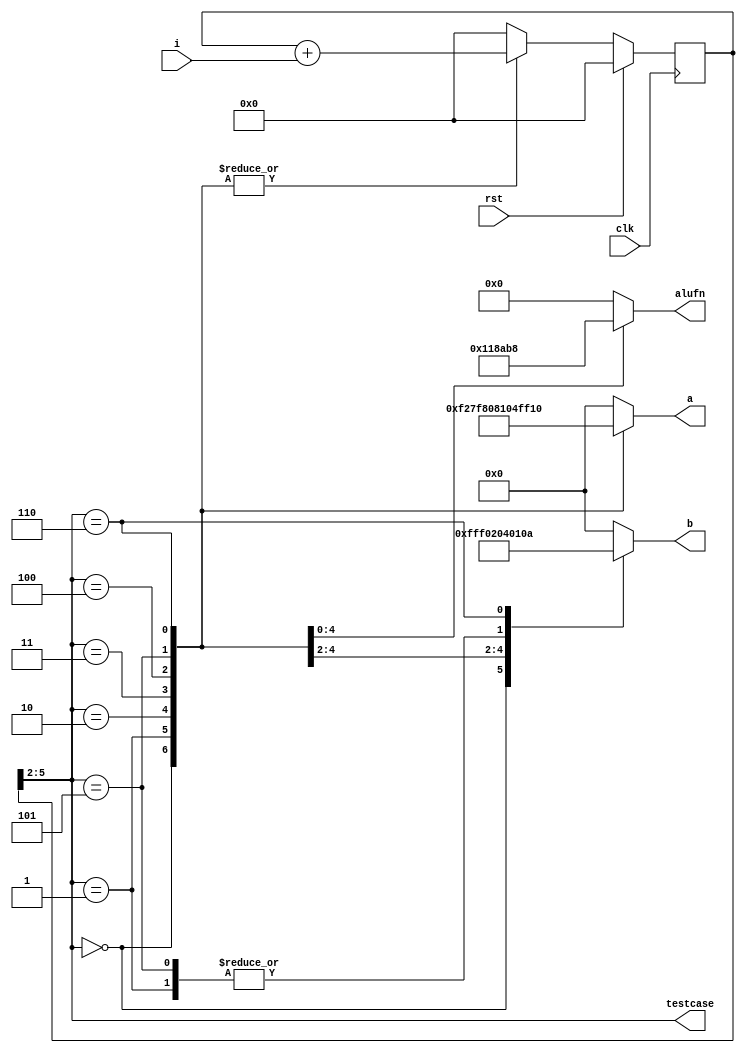
/*
   This file was generated automatically by the Mojo IDE version B1.3.3.
   Do not edit this file directly. Instead edit the original Lucid source.
   This is a temporary file and any changes made to it will be destroyed.
*/

module tester_3 (
    input i,
    input clk,
    input rst,
    output reg [7:0] a,
    output reg [7:0] b,
    output reg [4:0] alufn,
    output reg [3:0] testcase
  );
  
  
  
  reg [5:0] M_accum_d, M_accum_q = 1'h0;
  
  always @* begin
    M_accum_d = M_accum_q;
    
    M_accum_d = M_accum_q + i;
    testcase = M_accum_q[2+3-:4];
    
    case (M_accum_q[2+3-:4])
      1'h0: begin
        a = $signed(5'h12);
        b = 4'hf;
        alufn = 5'h00;
      end
      1'h1: begin
        a = 8'h7f;
        b = 8'h01;
        alufn = 5'h00;
      end
      2'h2: begin
        a = 8'h80;
        b = 8'hff;
        alufn = 6'h01;
      end
      2'h3: begin
        a = 8'h81;
        b = 8'h02;
        alufn = 6'h23;
      end
      3'h4: begin
        a = 8'h04;
        b = 8'h04;
        alufn = 6'h02;
      end
      3'h5: begin
        a = $signed(2'h3);
        b = 1'h1;
        alufn = 6'h35;
      end
      3'h6: begin
        a = 8'h0c;
        b = 8'h0a;
        alufn = 6'h18;
      end
      default: begin
        a = 8'h00;
        b = 8'h00;
        alufn = 5'h00;
        M_accum_d = 1'h0;
      end
    endcase
  end
  
  always @(posedge clk) begin
    if (rst == 1'b1) begin
      M_accum_q <= 1'h0;
    end else begin
      M_accum_q <= M_accum_d;
    end
  end
  
endmodule